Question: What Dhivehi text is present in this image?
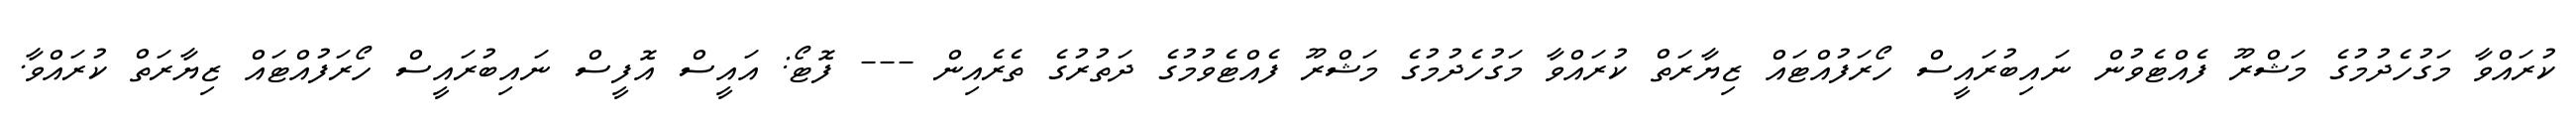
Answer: ކުރައްވާ މަގުހެދުމުގެ މަޝްރޫ ފެއްޓެވުން ނައިބުރައީސް ހޯރަފުއްޓައް ޒިޔާރަތް ކުރައްވާ މަގުހެދުމުގެ މަޝްރޫ ފެއްޓެވުމުގެ ދަތުރުގެ ތެރެއިން --- ފޮޓޯ: އައީސް އޮފީސް ނައިބުރައީސް ހޯރަފުއްޓައް ޒިޔާރަތް ކުރައްވާ.